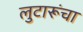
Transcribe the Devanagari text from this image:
लुटारूंचा